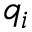
q _ { i }